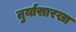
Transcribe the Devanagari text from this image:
तुर्यासारखा